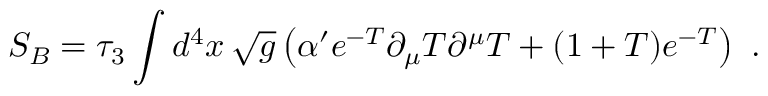
S _ { B } = \tau _ { 3 } \int d ^ { 4 } x \, \sqrt { g } \left( \alpha ^ { \prime } e ^ { - T } \partial _ { \mu } { T } \partial ^ { \mu } { T } + ( 1 + T ) e ^ { - T } \right) \ .